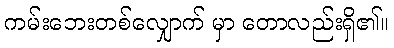
ကမ်းဘေးတစ်လျှောက် မှာ တောလည်းရှိ၏။